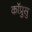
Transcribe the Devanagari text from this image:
कॉप्रुसु